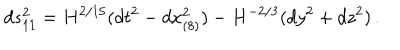
LaTeX: d s _ { 1 1 } ^ { 2 } = H ^ { 2 / 1 5 } ( d t ^ { 2 } - d x _ { ( 8 ) } ^ { 2 } ) - H ^ { - 2 / 3 } ( d y ^ { 2 } + d z ^ { 2 } ) \, .